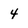
Character: 4